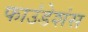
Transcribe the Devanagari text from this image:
फाउंडेशंस